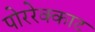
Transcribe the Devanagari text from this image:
पोररेक्काट